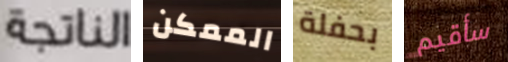
الناتجة الممكن بحفلة سأقيم